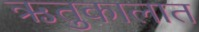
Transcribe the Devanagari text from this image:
ऋतुकालात